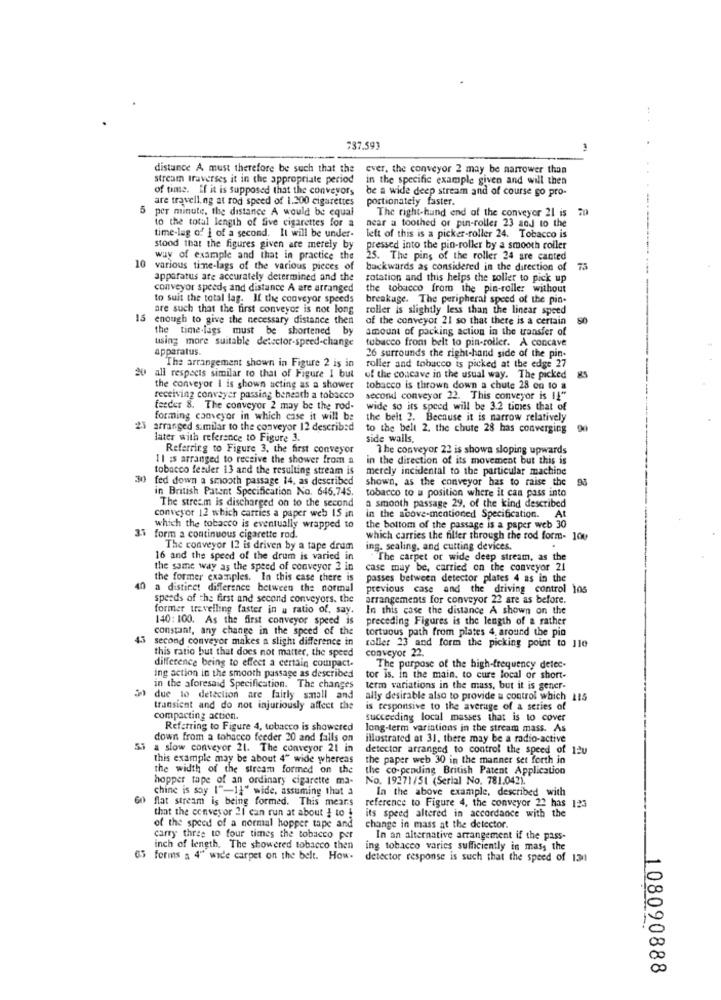
737,593
distance A must therefore be such that the
ever, the conveyor 2 may be narrower than
stream traverses it in the appropriate period
in the specific example given and will then
of time. If it is supposed that the conveyors
be a wide deep stream and of course go pro-
are travelling at rod speed of 1.200 cigarettes
portionately faster.
5
per minute, the distance A would be equal
The right-hand end of the conveyor 21 is
to the total length of five cigarettes for a
near a toothed or pin-roller 23 and to the
time-lag of { of a second. It will be under-
left of this is a picker-roller 24. Tobacco is
stood that the figures given are merely by
pressed into the pin-roller by a smooth roller
way of example and that in practice the
25. The pins of the roller 24 are canted
10 various time-lags of the various pieces of
backwards as considered in the direction of
75
apparatus are accurately determined and the
rotation and this helps the voller to pick up
conveyor speeds and distance A are arranged
the tobacco from the pin-roller without
to suit the total lag. If the conveyor speeds
breakage. The peripheral speed of the pin.
are such that the first conveyor is not long
roller is slightly less than the linear speed
15
enough to give the necessary distance then
of the conveyor 21 so that there is a certain
the time-lags must be shortened by
amount of packing action in the transfer of
using more suitable detector-speed-change
tobacco from belt to pin-roller. A concave
apparatus.
26 surrounds the right-hand side of the pin-
The arrangement shown in Figure 2 is in
roller and tobacco is picked at the edge 27
U all respects similar to that of Figure 1 but
of the concave in the usual way. The picked
RS
the conveyor I is shown acting as a shower
tobacco is thrown down a chute 28 on to a
receiving conveyer passing beneath a tobacco
second conveyor 22. This conveyor is 11"
feeder 8. The conveyor 2 may be the rod-
wide so its speed will be 3.2 times that of
forming conveyor in which case it will be
the belt 2. Because it is narrow relatively
23
arranged similar to the conveyor 12 described
to the belt 2. the chute 28 has converging 90
later with reference to Figure 3.
side walls.
Referring to Figure 3. the first conveyor
The conveyor 22 is shown sloping upwards
11 is arranged to receive the shower from a
in the direction of its movement but this is
tobacco feeder 13 and the resulting stream is
merely incidental to the particular machine
30 fed down a smooth passage 14, as described
shown, as the conveyor has to raise the
98
in British Patent Specification No. 646.745.
tobacco to a position where it can pass into
The stream is discharged on to the second
a smooth passage 29, of the kind described
conveyor 12 which carries a paper web 15 in
in the above-mentioned Specification.
At
which the tobacco is eventually wrapped to
the bottom of the passage is a paper web 30
3.3 form a continuous cigarette rod.
which carries the filter through the tod form- 100
The conveyor 12 is driven by a tape drum
ing. sealing, and cutting devices.
16 and the speed of the drum is varied in
"The carpet or wide deep stream, as the
the same way as the speed of conveyor 2 in
case may be, carried on the conveyor 21
the former examples. In this case there is
passes between detector plates 4 as in the
40
a distinct difference between the normal
previous case and the driving control 105
speeds of the first and second conveyors. the
arrangements for conveyor 22 are as before.
former trevelling faster in a ratio of, say.
In this case the distance A shown on the
140:100. As the first conveyor speed is
preceding Figures is the length of a rather
constant, any change in the speed of the
tortuous path from plates 4. around the pin
41
second conveyor makes a slight difference in
roller 23 and form the picking point to 1le
conveyor 22.
this ratio but that does not matter, the speed
difference being to effect a certain compact.
The purpose of the high-frequency detec-
ing action in the smooth passage as described
tor is. In the main. to cure local or short-
in the aforesaid Specification. The changes
term variations in the mass, but it is gener-
due to detection are fairly small and
ally desirable also to provide a control which 115
transient and do not injuriously affect the
is responsive to the average of a series of
compacting action.
succeeding local masses that is to cover
Referring to Figure 4, tobacco is showered
long-term variations in the stream mass. As
down from a tobacco feeder 20 and falls on
illustrated at 31. there may be a radio-active
a slow conveyor 21. The conveyor 21 in
detector arranged to control the speed of 12u
this example may be about 4" wide whereas
the paper web 30 in the manner set forth in
the width of the stream formed on the
the co-pending British Patent Application
hopper tape of an ordinary cigarette ma-
No. 19271/51 (Serial No. 781.042).
chine is say ["-14" wide, assuming that a
In the above example, described with
60 flat stream is being formed. This means
that the conveyor 21 can run at about ! to !
reference to Figure 4, the conveyor 22 has 125
its speed altered in accordance with the
of the speed of a normal hopper tape and
change in mass at the detector.
carry three to four times the tobacco per
In an alternative arrangement if the pass-
inch of length, The showered tobacco then
ing tobacco varies sufficiently in mass the
65 forms a 4" wide carpet on the belt. How-
detector response is such that the speed of 131
108090888